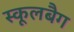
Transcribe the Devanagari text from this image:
स्कूलबैग